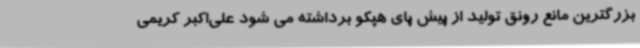
بزرگترین مانع رونق تولید از پیش پای هپکو برداشته می شود علی‌اکبر کریمی